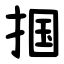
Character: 掴